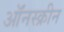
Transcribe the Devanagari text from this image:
ऑंनस्क्रीन